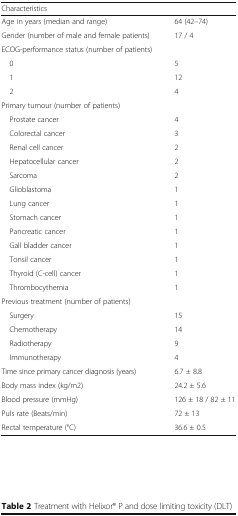
<table><thead><tr><td colspan="2"><b>Characteristics</b></td></tr></thead><tbody><tr><td>Age in years (median and range)</td><td>64 (42–74)</td></tr><tr><td>Gender (number of male and female patients)</td><td>17 / 4</td></tr><tr><td colspan="2">ECOG-performance status (number of patients)</td></tr><tr><td> 0</td><td>5</td></tr><tr><td> 1</td><td>12</td></tr><tr><td> 2</td><td>4</td></tr><tr><td colspan="2">Primary tumour (number of patients)</td></tr><tr><td> Prostate cancer</td><td>4</td></tr><tr><td> Colorectal cancer</td><td>3</td></tr><tr><td> Renal cell cancer</td><td>2</td></tr><tr><td> Hepatocellular cancer</td><td>2</td></tr><tr><td> Sarcoma</td><td>2</td></tr><tr><td> Glioblastoma</td><td>1</td></tr><tr><td> Lung cancer</td><td>1</td></tr><tr><td> Stomach cancer</td><td>1</td></tr><tr><td> Pancreatic cancer</td><td>1</td></tr><tr><td> Gall bladder cancer</td><td>1</td></tr><tr><td> Tonsil cancer</td><td>1</td></tr><tr><td> Thyroid (C-cell) cancer</td><td>1</td></tr><tr><td> Thrombocythemia</td><td>1</td></tr><tr><td colspan="2">Previous treatment (number of patients)</td></tr><tr><td> Surgery</td><td>15</td></tr><tr><td> Chemotherapy</td><td>14</td></tr><tr><td> Radiotherapy</td><td>9</td></tr><tr><td> Immunotherapy</td><td>4</td></tr><tr><td>Time since primary cancer diagnosis (years)</td><td>6.7 ± 8.8</td></tr><tr><td>Body mass index (kg/m2)</td><td>24.2 ± 5.6</td></tr><tr><td>Blood pressure (mmHg)</td><td>126 ± 18 / 82 ± 11</td></tr><tr><td>Puls rate (Beats/min)</td><td>72 ± 13</td></tr><tr><td>Rectal temperature (°C)</td><td>36.6 ± 0.5</td></tr></tbody></table>